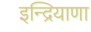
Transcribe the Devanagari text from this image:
इन्द्रियाणा